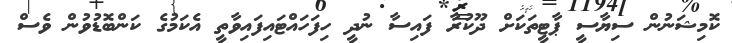
ކޮމިޝަނުން ސިޔާސީ ޕާޓީތަކަށް ދޫކުރާ ފައިސާ ނުދީ ހިފަހައްޓައިފައިވާތީ އެކަމުގެ ކަންބޮޑުވުން ވެސް